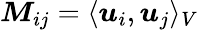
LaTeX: \boldsymbol{M}_{ij}=\langle\boldsymbol{u}_{i},\boldsymbol{u}_{j}\rangle_{V}